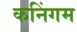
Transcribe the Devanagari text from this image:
कनिंगम